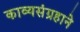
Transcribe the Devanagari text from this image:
काव्यसंग्रहाने